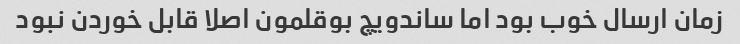
زمان ارسال خوب بود اما ساندویچ بوقلمون اصلا قابل خوردن نبود